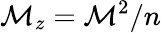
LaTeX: \mathcal{M}_{z}=\mathcal{M}^{2}/n